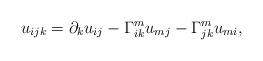
LaTeX: \begin{align*}u_{ijk} = \partial_k u_{ij} - \Gamma^m_{ik}u_{mj} - \Gamma^m_{jk}u_{mi},\end{align*}